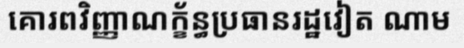
គោរពវិញ្ញាណក្ខ័ន្ធប្រធានរដ្ឋវៀត ណាម